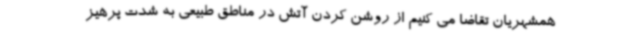
همشهریان تقاضا می کنیم از روشن کردن آتش در مناطق طبیعی به شدت پرهیز